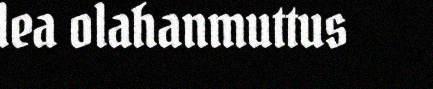
lea olahanmuttus